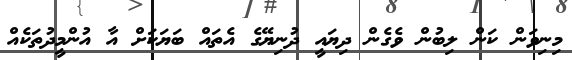
މިނިވަން ކަން ލިބުން ވެގެން ދިޔައީ ދުނިޔޭގެ އެތައް ބަޔަކަށް އާ އުންމީދުތަކެއް